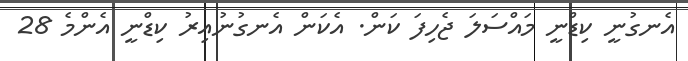
އެނގުނީ ކިޑްނީ މައްސަލަ ޖެހިފަ ކަން. އެކަން އެނގުނުއިރު ކިޑްނީ އެންމެ 28